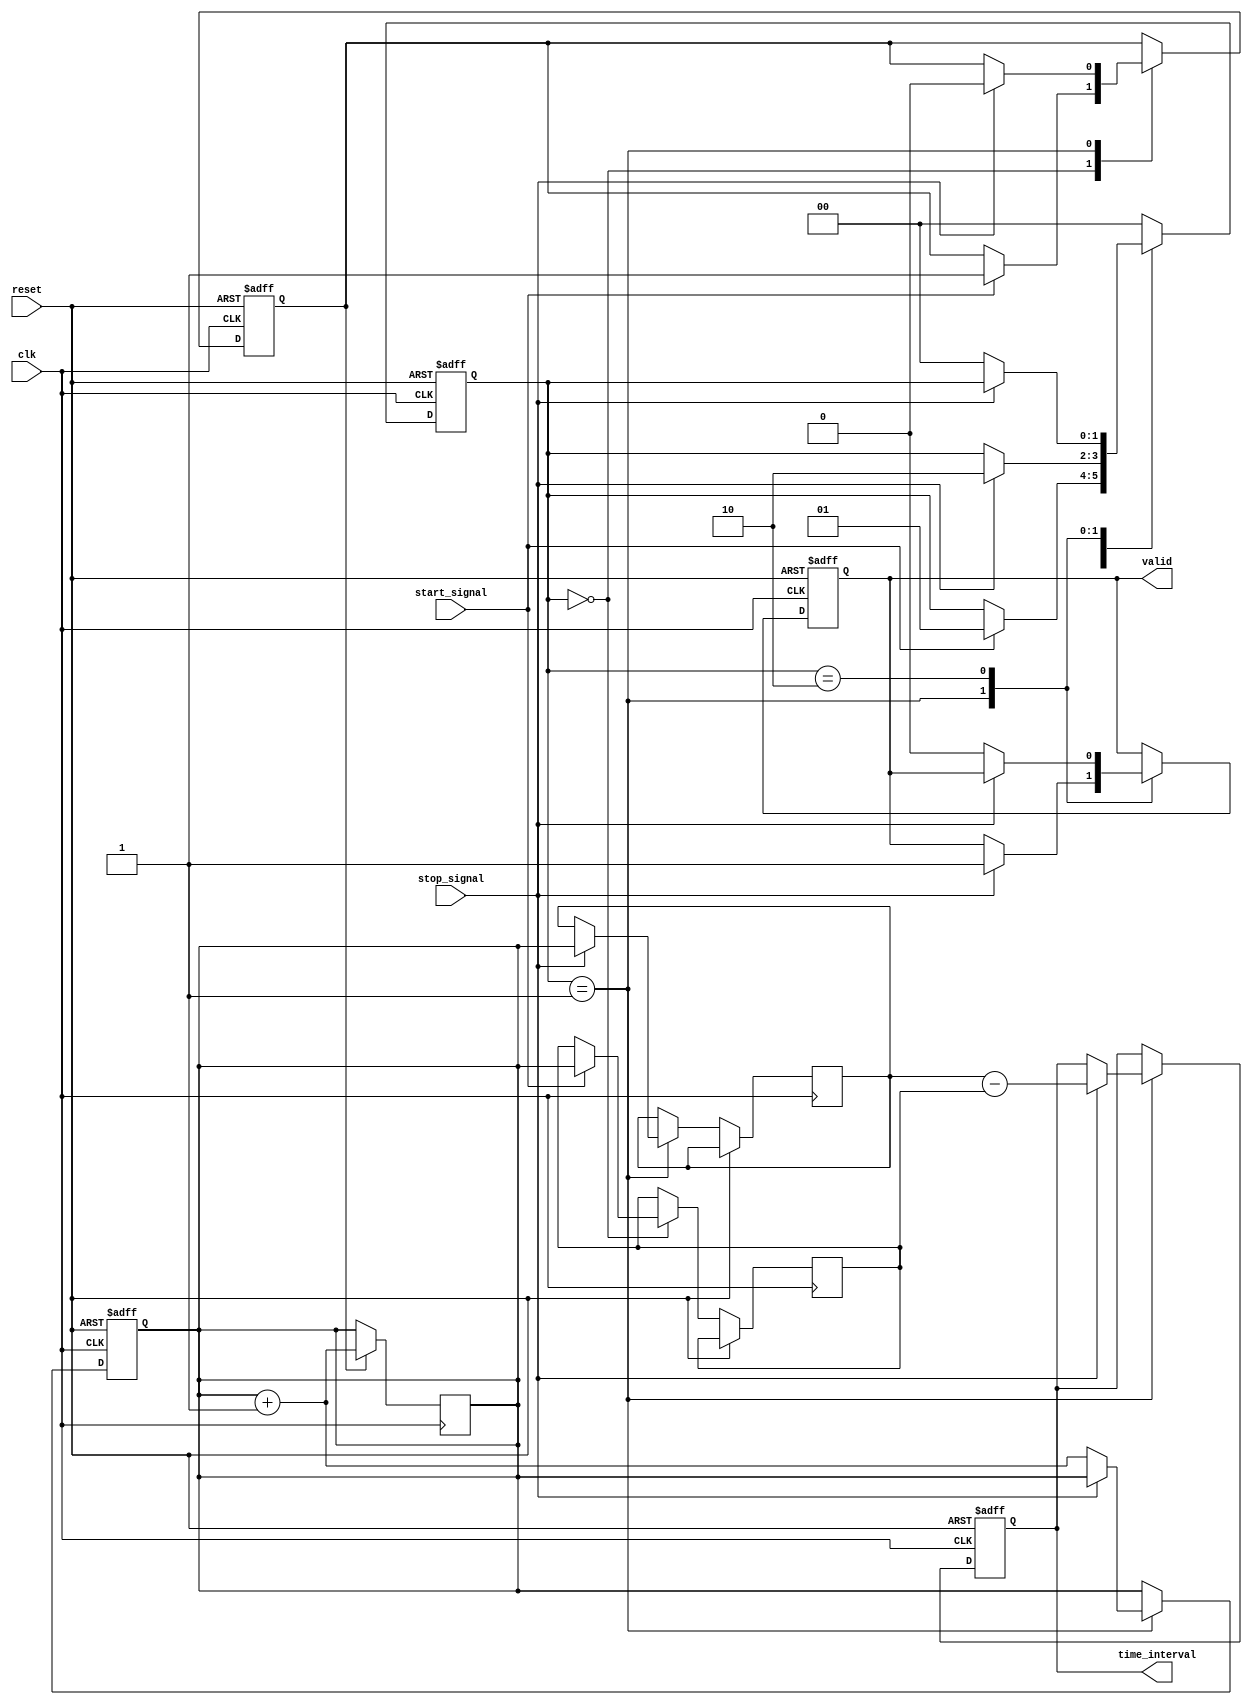
module TDC (
    input wire clk,               // High-frequency clock signal
    input wire reset,             // Asynchronous reset signal
    input wire start_signal,      // Start event signal
    input wire stop_signal,       // Stop event signal
    output reg [15:0] time_interval, // Output time interval count
    output reg valid              // Indicate valid measurement output
);

// Parameters
parameter COUNTER_WIDTH = 16;   // Width of the time counter
parameter MEMORY_DEPTH = 8;      // Number of memory locations

// State definitions
parameter IDLE     = 2'b00;
parameter COUNTING = 2'b01;
parameter STOPPED  = 2'b10;

// Internal signals
reg [COUNTER_WIDTH-1:0] counter; // Time counter
reg [COUNTER_WIDTH-1:0] start_count, stop_count; // Start/stop counter values
reg [1:0] state;                // Current state
reg [COUNTER_WIDTH-1:0] memory [0:MEMORY_DEPTH-1]; // Memory block
integer index;                  // Memory index
reg counting_started;           // Flag indicating if counting has started

// Asynchronous reset
always @(posedge clk or posedge reset) begin
    if (reset) begin
        counter <= 0;
        time_interval <= 0;
        valid <= 0;
        state <= IDLE;
        counting_started <= 0;
        index <= 0;
    end else begin
        case (state)
            IDLE: begin
                if (start_signal) begin
                    // Record start time and transition to counting state
                    start_count <= counter;
                    counting_started <= 1;
                    state <= COUNTING;
                end
            end
            
            COUNTING: begin
                if (stop_signal) begin
                    // Record stop time and calculate time interval
                    stop_count <= counter;
                    time_interval <= stop_count - start_count;
                    valid <= 1;

                    // Store interval in memory
                    if (index < MEMORY_DEPTH) begin
                        memory[index] <= time_interval;
                        index <= index + 1;
                    end
                    
                    counting_started <= 0;
                    state <= STOPPED;
                end else begin
                    // Increment counter
                    counter <= counter + 1;
                end
            end
            
            STOPPED: begin
                if (!stop_signal) begin
                    valid <= 0; // Reset valid signal
                    state <= IDLE; // Return to IDLE state after stop signal negated
                end
            end
            
            default: state <= IDLE; // Default to IDLE
        endcase
    end
end

// Continuous assignment to reset the counter if needed
always @(posedge clk) begin
    if (counting_started) begin
        counter <= counter + 1; // Increment counter only when counting
    end
end

endmodule